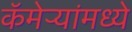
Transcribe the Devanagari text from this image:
कॅमेऱ्यांमध्ये